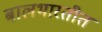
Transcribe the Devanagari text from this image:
बालभारतीत